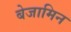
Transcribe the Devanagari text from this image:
बेजामिन